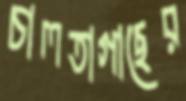
চালতাগাছের